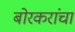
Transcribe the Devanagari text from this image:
बोरकरांचा